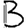
Digit: 3